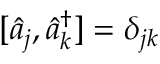
[ \hat { a } _ { j } , \hat { a } _ { k } ^ { \dagger } ] = \delta _ { j k }